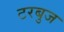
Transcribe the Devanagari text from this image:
टरबुज